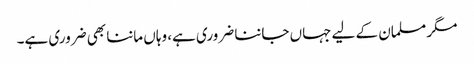
مگر مسلمان کے لیے جہاں جاننا ضروری ہے، وہاں ماننا بھی ضروری ہے۔